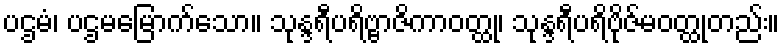
ပဌမံ၊ ပဌမမြောက်သော။ သုန္ဒရီပရိဗ္ဗာဇိကာဝတ္ထု၊ သုန္ဒရီပရိဗိုဇ်မဝတ္ထုတည်း။